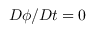
D \phi / D t = 0